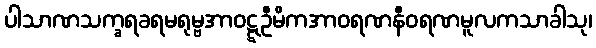
ပါသာဏသက္ခရခရမရုမ္ဗအာဝဋ္ဋဦမိကအာဝရဏနီဝရဏမူလကသာခါသု၊